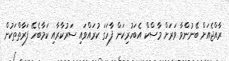
ރާއްޖެއަށް ބޭނުންވާ ވަރަށް މާސްކް އެބަހުރިކަން ފާހަގަ ކުރައްވައި ސަރުކާރާއި ކަމާބެހޭ ފަރާތްތަކުން